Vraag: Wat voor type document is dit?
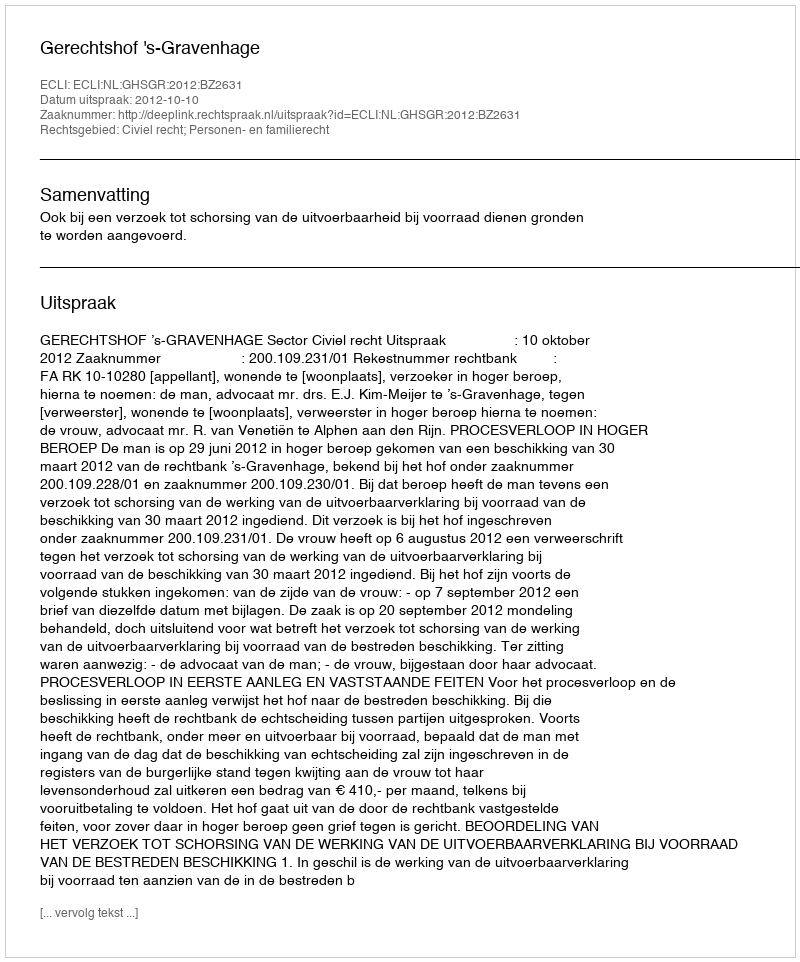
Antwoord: Uitspraak